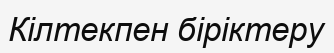
Кілтекпен біріктеру